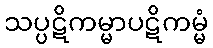
သပ္ပဋိကမ္မာပဋိကမ္မံ